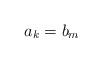
LaTeX: \begin{align*} a_k = b_m\end{align*}